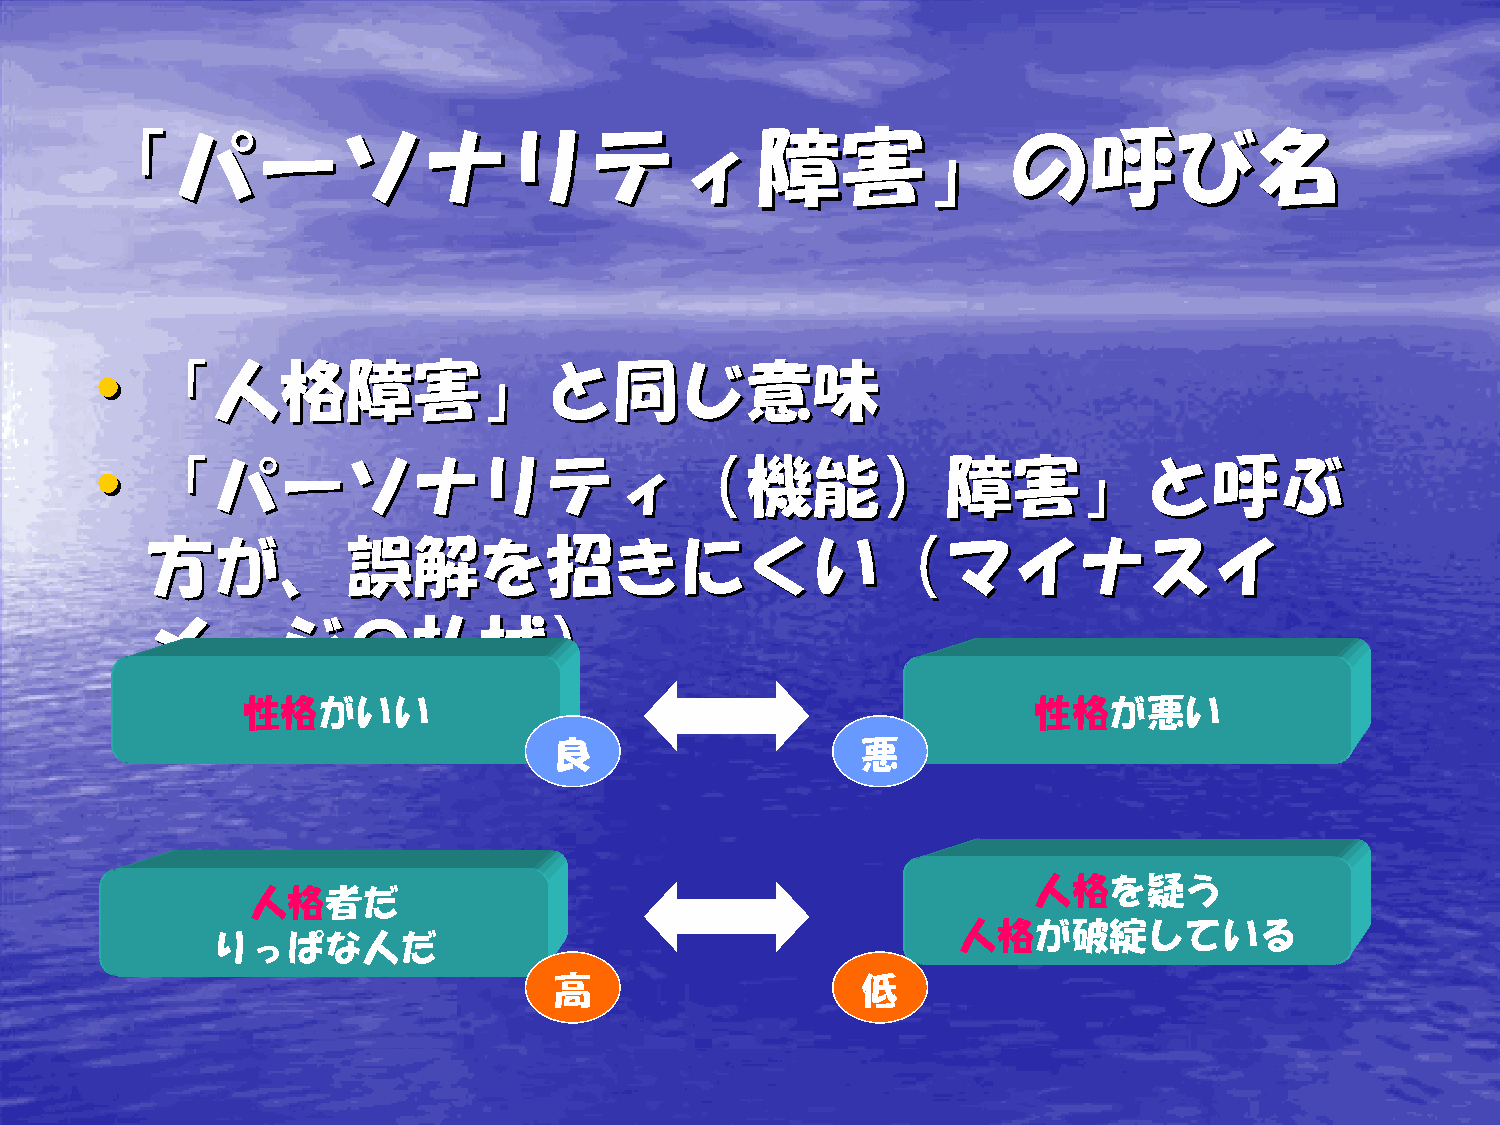
「「パパーーソソナナリリテティィ障障害害」」のの呼呼びび名名
 ••  「「人人格格障障害害」」とと同同じじ意意味味
 ••  「「パパーーソソナナリリテティィ（（機機能能））障障害害」」とと呼呼ぶぶ
 方方がが、、誤誤解解をを招招ききににくくいい（（ママイイナナススイイ
 メメーージジのの払払拭拭））
 性格がいい                                                性格が悪い
 良                   悪
 人格を疑う
 人格者だ
 人格が破綻している
 りっぱな人だ
 高                   低